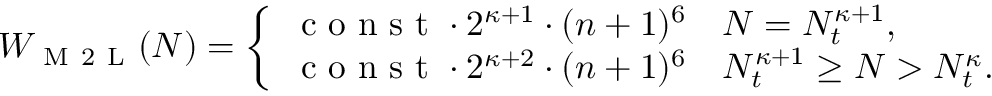
W _ { \mathrm { ~ M ~ 2 ~ L ~ } } ( N ) = \left\{ \begin{array} { l l } { \mathrm { ~ c ~ o ~ n ~ s ~ t ~ } \cdot 2 ^ { \kappa + 1 } \cdot ( n + 1 ) ^ { 6 } \quad N = N _ { t } ^ { \kappa + 1 } , } \\ { \mathrm { ~ c ~ o ~ n ~ s ~ t ~ } \cdot 2 ^ { \kappa + 2 } \cdot ( n + 1 ) ^ { 6 } \quad N _ { t } ^ { \kappa + 1 } \geq N > N _ { t } ^ { \kappa } . } \end{array} \right.